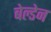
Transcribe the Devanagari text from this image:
बेल्डेन